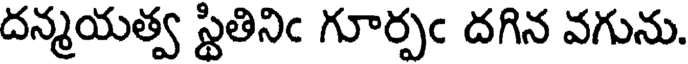
దన్మయత్వ స్థితినిఁ గూర్పఁ దగిన వగును.